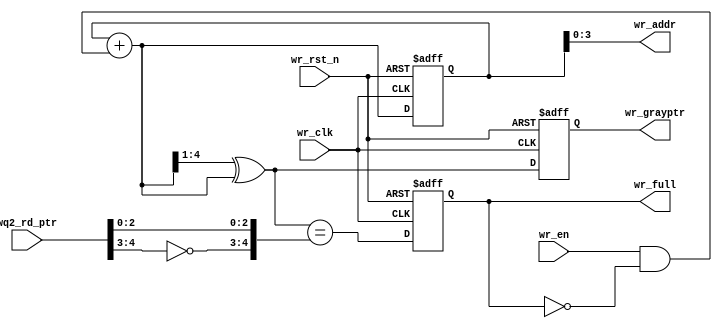
`timescale 1 ns / 1 ps
`default_nettype none
//`define D #1 //delay 1 unit
`define D //no delay

module wr_ptr_full
    #(
    parameter ADDRSIZE = 4
    )(
    output reg wr_full,
    output wire [ADDRSIZE-1:0] wr_addr,
    output reg [ADDRSIZE :0] wr_grayptr,
    input wire [ADDRSIZE :0] wq2_rd_ptr,
    input wire wr_en, wr_clk, wr_rst_n
    );

    reg [ADDRSIZE:0] wr_ptr;
    wire [ADDRSIZE:0] wr_grayptr_next, wr_ptr_next;
    wire wr_full_val;

    // GRAYSTYLE2 pointer
    always @(posedge wr_clk or negedge wr_rst_n) begin
        if (!wr_rst_n)
            {wr_ptr, wr_grayptr} <= `D 0;
        else
            {wr_ptr, wr_grayptr} <= `D {wr_ptr_next, wr_grayptr_next};
    end

    // Memory write-address pointer (okay to use binary to address memory)
    assign wr_addr = wr_ptr[ADDRSIZE-1:0];
    assign wr_ptr_next = wr_ptr + (wr_en & ~wr_full);
    assign wr_grayptr_next = (wr_ptr_next>>1) ^ wr_ptr_next;

    //------------------------------------------------------------------
    // Simplified version of the three necessary full-tests:
    // assign wr_full_val = ( (wr_grayptr_next[ADDRSIZE] != wq2_rd_ptr[ADDRSIZE]) &&
    // (wr_grayptr_next[ADDRSIZE-1] != wq2_rd_ptr[ADDRSIZE-1]) &&
    // (wr_grayptr_next[ADDRSIZE-2:0] == wq2_rd_ptr[ADDRSIZE-2:0]) );
    //------------------------------------------------------------------
    assign wr_full_val = (wr_grayptr_next == {~wq2_rd_ptr[ADDRSIZE:ADDRSIZE-1],wq2_rd_ptr[ADDRSIZE-2:0]});
    //wq2_rd_ptr pointer to reading word 

    always @(posedge wr_clk or negedge wr_rst_n) begin
        if (!wr_rst_n)
            wr_full <= `D 1'b0;
        else
            wr_full <= `D wr_full_val;
    end

endmodule

`resetall